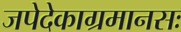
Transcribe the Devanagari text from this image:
जपेदेकाग्रमानसः